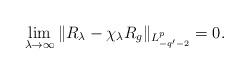
LaTeX: \begin{align*}\lim_{\lambda\to\infty}\|R_\lambda -\chi_\lambda R_g\|_{L^p_{-q'-2}}=0.\end{align*}